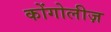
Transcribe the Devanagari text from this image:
कोंगोलीज़